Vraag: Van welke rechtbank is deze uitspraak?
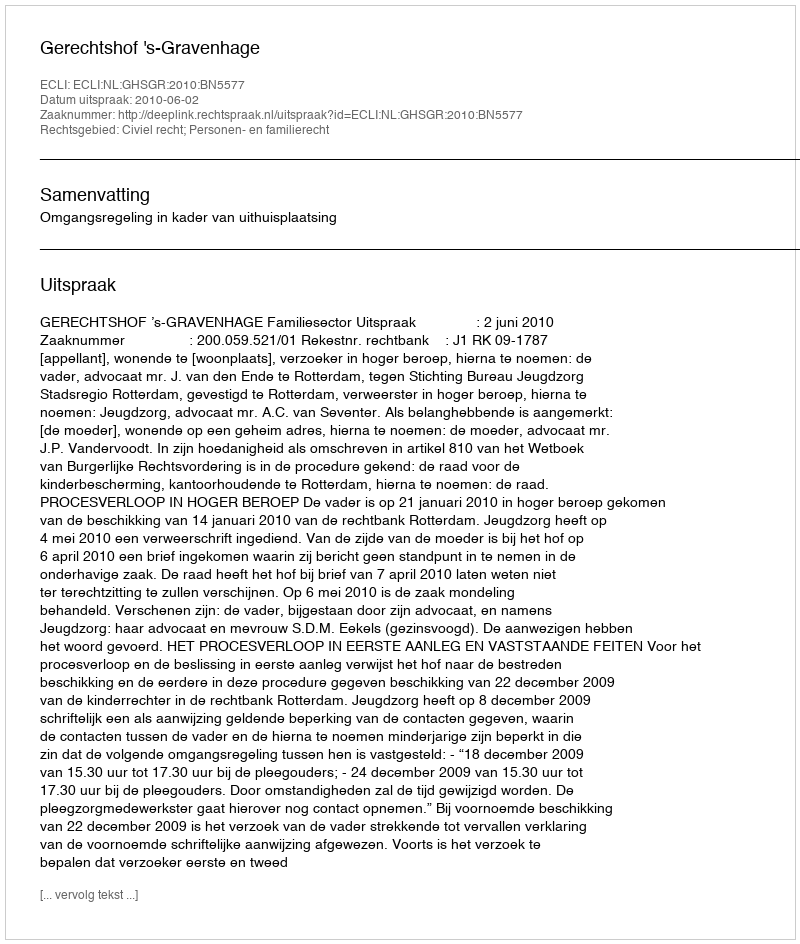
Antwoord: Gerechtshof 's-Gravenhage